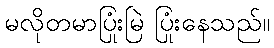
မလိုတမာပြုံးမြဲ ပြုံးနေသည်။